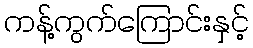
ကန့်ကွက်ကြောင်းနှင့်